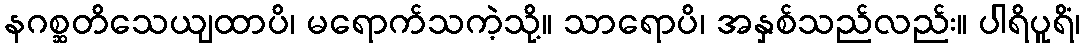
နဂစ္ဆတိသေယျထာပိ၊ မရောက်သကဲ့သို့။ သာရောပိ၊ အနှစ်သည်လည်း။ ပါရိပူရိံ၊